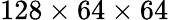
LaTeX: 128\times 64\times 64